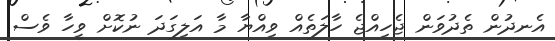
އެނދުން ތެދުވަން ޖެހިއްޖެ ހާލަތެއް ވިއްޔާ މާ އަލިގަދަ ނުކޮށް ވީހާ ވެސް